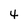
Character: 4